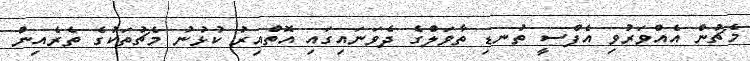
މެޗުން އެއްވަރުވި އެފްސީ ތުނޑި ތާވަލްގެ ދެވަނައިގައި އޮތްއިރު ކުޅުނު މެޗުތަކުގެ ތެރެއިން